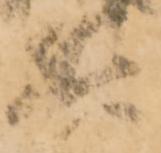
兵